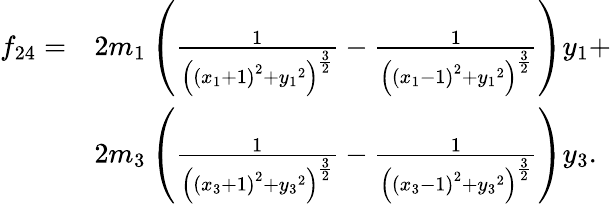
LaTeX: \begin{array}{ll}{f_{24}=}&{2{m_{1}}\left(\frac{1}{\left(\left({x_{1}}+1\right)^{2}+{y_{1}}^{2}\right)^{\frac{3}{2}}}-\frac{1}{\left(\left({x_{1}}-1\right)^{2}+{y_{1}}^{2}\right)^{\frac{3}{2}}}\right){y_{1}}+}\\ &{2{m_{3}}\left(\frac{1}{\left(\left({x_{3}}+1\right)^{2}+{y_{3}}^{2}\right)^{\frac{3}{2}}}-\frac{1}{\left(\left({x_{3}}-1\right)^{2}+{y_{3}}^{2}\right)^{\frac{3}{2}}}\right){y_{3}}.}\end{array}